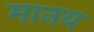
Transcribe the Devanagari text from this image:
मानय